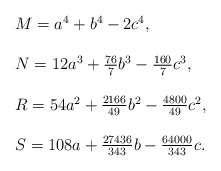
\begin{align*}\begin{array}{l}M=a^4+b^4-2c^4,\\\\N=12a^3+\frac{76}{7}b^3-\frac{160}{7}c^3,\\\\R=54a^2+\frac{2166}{49}b^2-\frac{4800}{49}c^2,\\\\S=108a+\frac{27436}{343}b-\frac{64000}{343}c.\end{array}\end{align*}